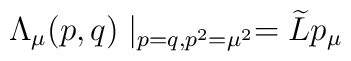
\Lambda _\mu (p,q)\mid _{p=q,p^2=\mu ^2}=\widetilde{L}p_\mu